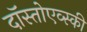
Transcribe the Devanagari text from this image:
दॉस्तोएव्स्की